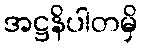
အဋ္ဌနိပါတမှိ